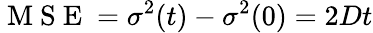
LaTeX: \mathrm{~M~S~E~}=\sigma^{2}(t)-\sigma^{2}(0)=2Dt